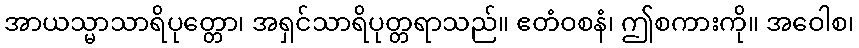
အာယသ္မာသာရိပုတ္တော၊ အရှင်သာရိပုတ္တရာသည်။ ဧတံဝစနံ၊ ဤစကားကို။ အဝေါစ၊